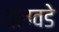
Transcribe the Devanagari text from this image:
तलवडे